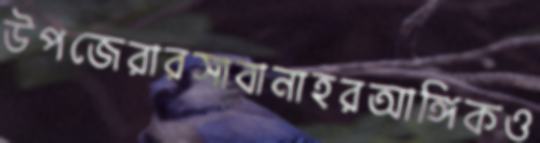
উপজেরারসাবানাহরআঙ্গিকও